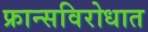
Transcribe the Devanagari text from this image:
फ्रान्सविरोधात